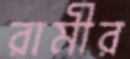
রামীর